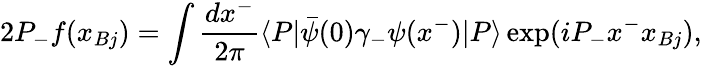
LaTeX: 2P_{-}f(x_{Bj})=\int\frac{dx^{-}}{2\pi}\langle P|\bar{\psi}(0)\gamma_{-}\psi(x^{-})|P\rangle\exp(iP_{-}x^{-}x_{Bj}),